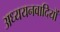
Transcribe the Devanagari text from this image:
अध्ययनवादियों